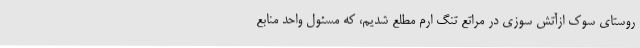
روستای سوک ازآتش سوزی در مراتع تنگ ارم مطلع شدیم، که مسئول واحد منابع